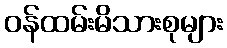
ဝန်ထမ်းမိသားစုများ